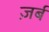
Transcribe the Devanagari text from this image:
ज़र्ब